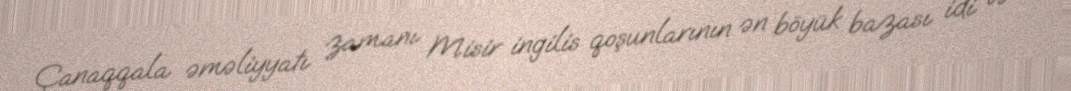
Çanaqqala əməliyyatı zamanı Misir ingilis qoşunlarının ən böyük bazası idi və